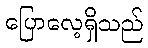
ပြောလေ့ရှိသည်